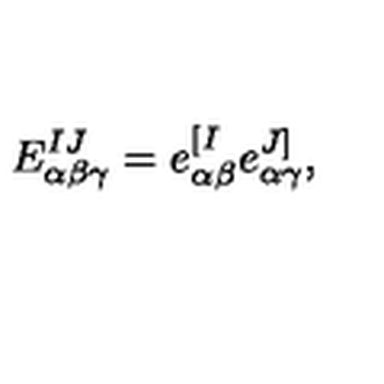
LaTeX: E _ { \alpha \beta \gamma } ^ { I J } = e _ { \alpha \beta } ^ { [ I } e _ { \alpha \gamma } ^ { J ] } ,